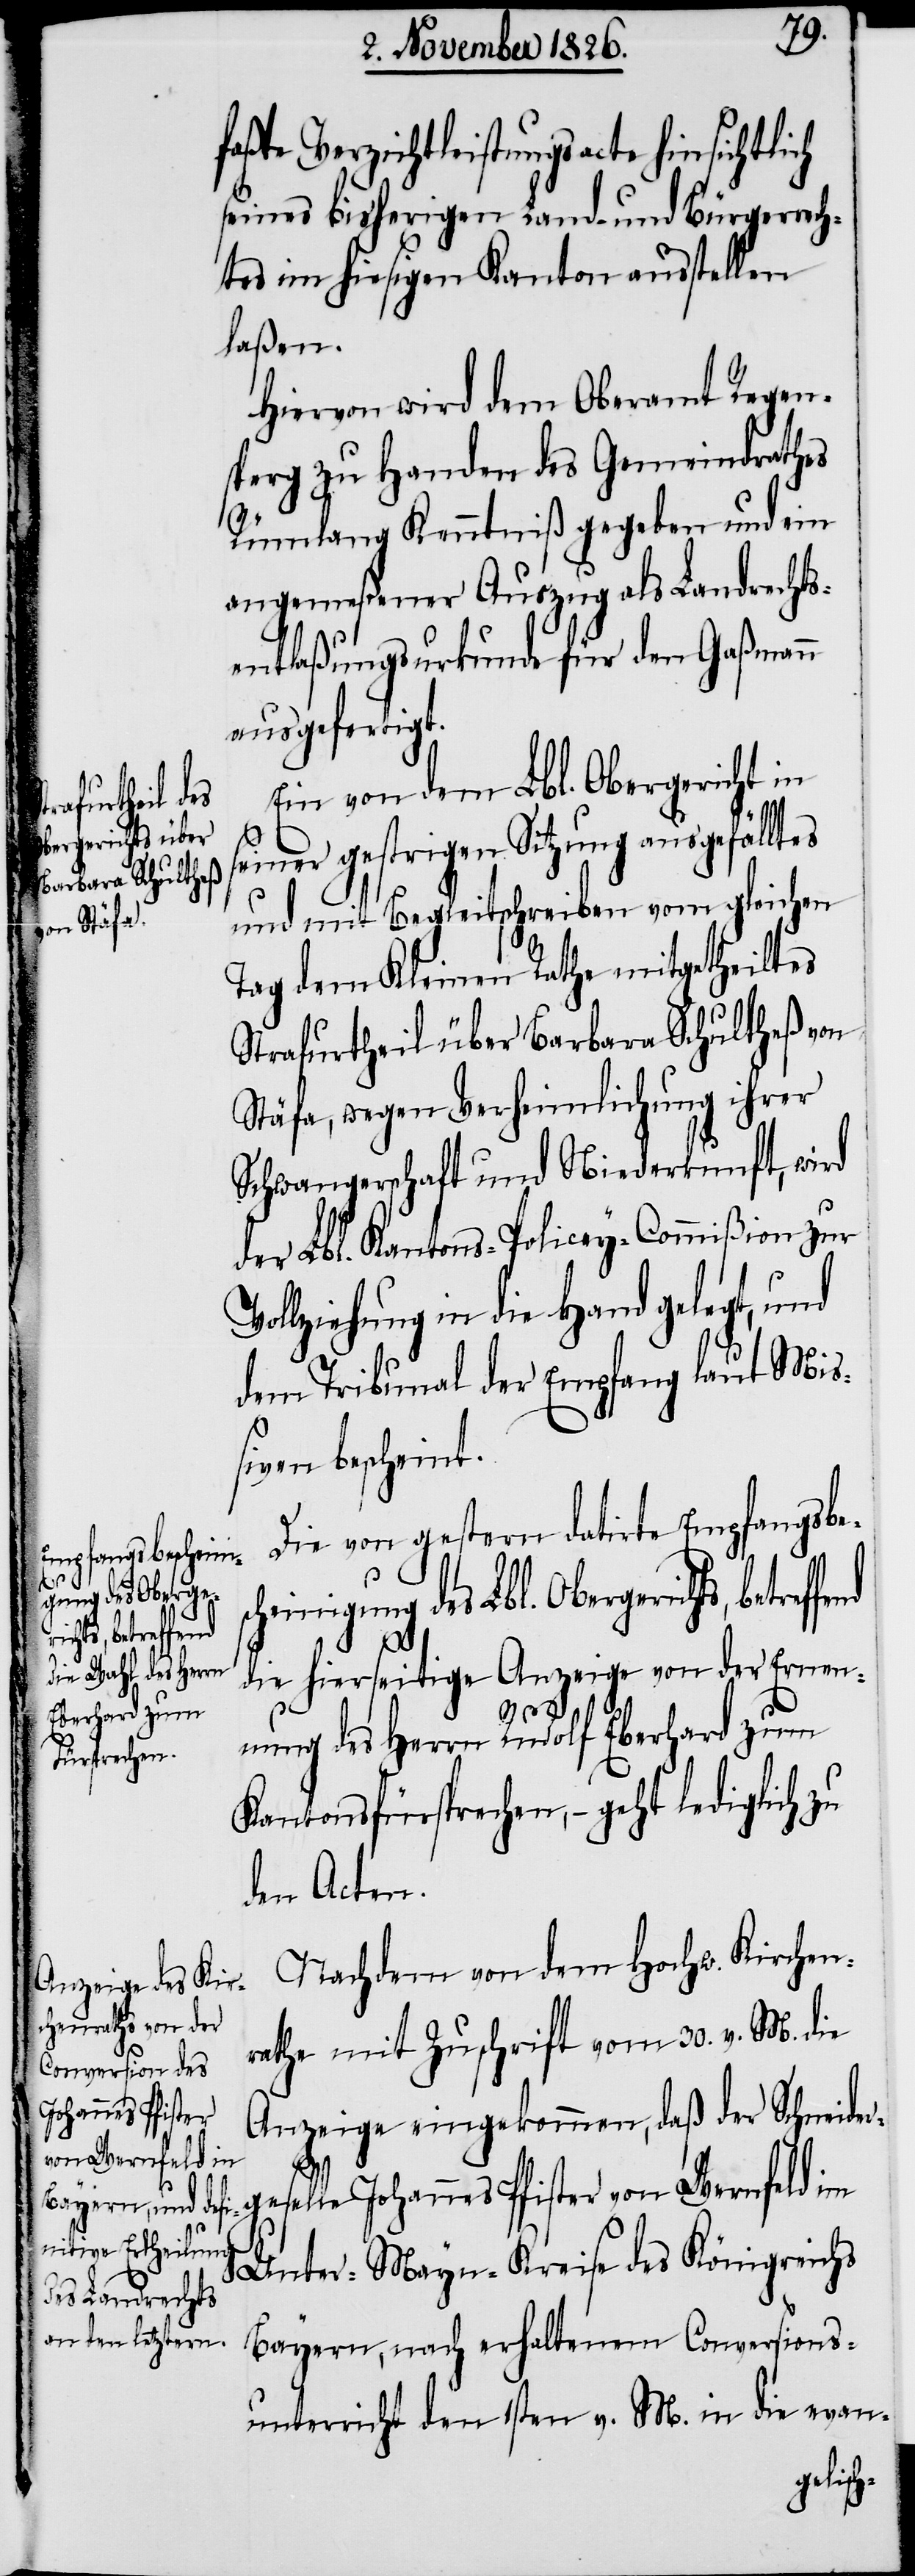
faßte Verzichtleistungsacte hinsichtlich
seines bisherigen Land- und Bürgerrech¬
tes im hiesigen Kanton ausstellen
laßen.
Hiervon wird dem Oberamt Regen¬
sperg zu Handen des Gemeindrathes
Rümlang Kenntniß gegeben und ein
angemeßener Auszug als Landrechts¬
entlaßungsurkunde für den Gaßmann
ausgefertigt.
Ein von dem Lbl. Obergericht in
seiner gestrigen Sitzung ausgefällt¬
und mit Begleitschreiben vom gleichen
Tag dem Kleinen Rathe mitgetheiltes
Strafurtheil über Barbara Schultheß von
Stäfa, wegen Verheimlichung ihrer
Schwangerschaft und Niederkunft, wird
der Lbl. Kantons-Policey-Commißion zur
Vollziehung in die Hand gelegt, und
dem Tribunal der Empfang laut Mi¬
ßiven bescheint.
Die von gestern datirte Empfangsbe¬
sc¬
heinigung des Lbl. Obergeri¬
chts, betreffend
die hierseitige Anzeige von der Ernen¬
nung des Herrn Rudolf Eberhard zum
Kantonsfürsprechen, – geht lediglich
den Acten.
Nachdem von dem Hochw. Kirchen¬
rath mit Zuschrift vom 30. v. M. die
Anzeige eingekommen, daß der Schneider¬
geselle Johannes Pfister von Wernfeld im
Unter-Mayn-Kreise des Königreichs
Bayern, nach erhaltenem Conversions¬
unterricht den 1sten v. M. in die evan-